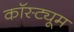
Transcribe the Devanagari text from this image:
कॉस्‍ट्यूम